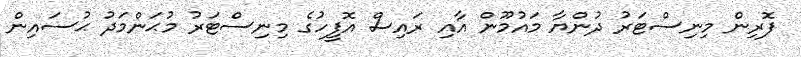
ފޮރިން މިނިސްޓަރު ދުންޔާ މައުމޫން އާއި ރައިސް އޮފީހުގެ މިނިސްޓަރު މުޙަންމަދު ޙުސައިން